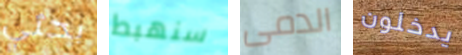
بحثي سنهبط الدمى يدخلون